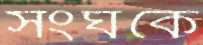
সংঘকে